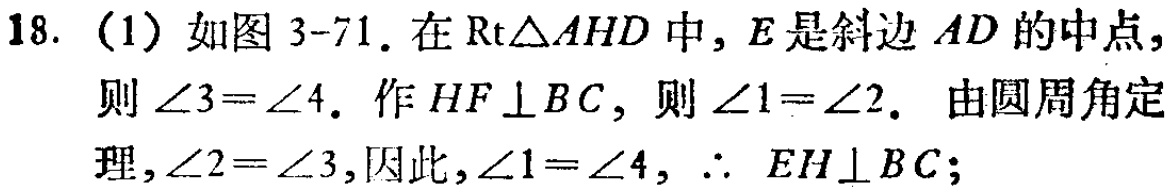
18. (1) 如图 3-71. 在\(Rt\triangle AHD\)中, \(E\)是斜边 \(AD\)的中点, 则\(\angle 3 = \angle 4\). 作\(HF\perp BC\), 则\(\angle 1=\angle 2\). 由圆周角定理, \(\angle 2 = \angle 3\), 因此, \(\angle 1=\angle 4\), \(\therefore EH\perp BC\);